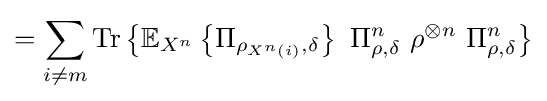
=\sum _{i\neq m}{\text{Tr}}\left\{\mathbb {E} _{X^{n}}\left\{\Pi _{\rho _{X^{n}\left(i\right)},\delta }\right\}\ \Pi _{\rho ,\delta }^{n}\ \rho ^{\otimes n}\ \Pi _{\rho ,\delta }^{n}\right\}